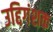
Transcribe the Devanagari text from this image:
उद्दिगंशक